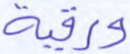
ورقية